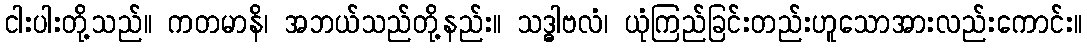
ငါးပါးတို့သည်။ ကတမာနိ၊ အဘယ်သည်တို့နည်း။ သဒ္ဓါဗလံ၊ ယုံကြည်ခြင်းတည်းဟူသောအားလည်းကောင်း။